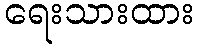
ရေးသားထား